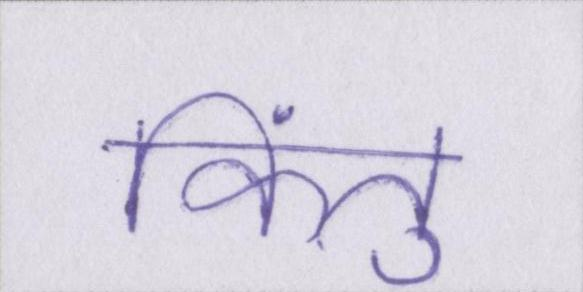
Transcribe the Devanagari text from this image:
किंतु